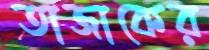
তাজাকের